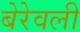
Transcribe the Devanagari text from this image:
बेरेवली